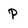
Character: P